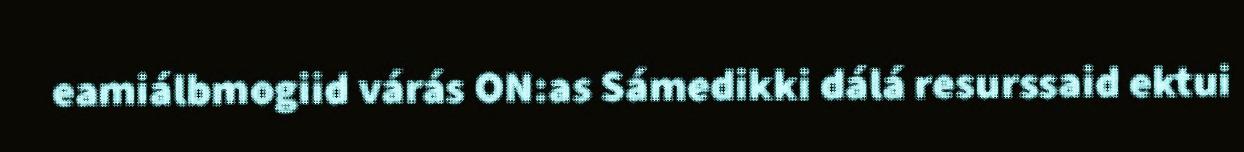
eamiálbmogiid várás ON:as Sámedikki dálá resurssaid ektui